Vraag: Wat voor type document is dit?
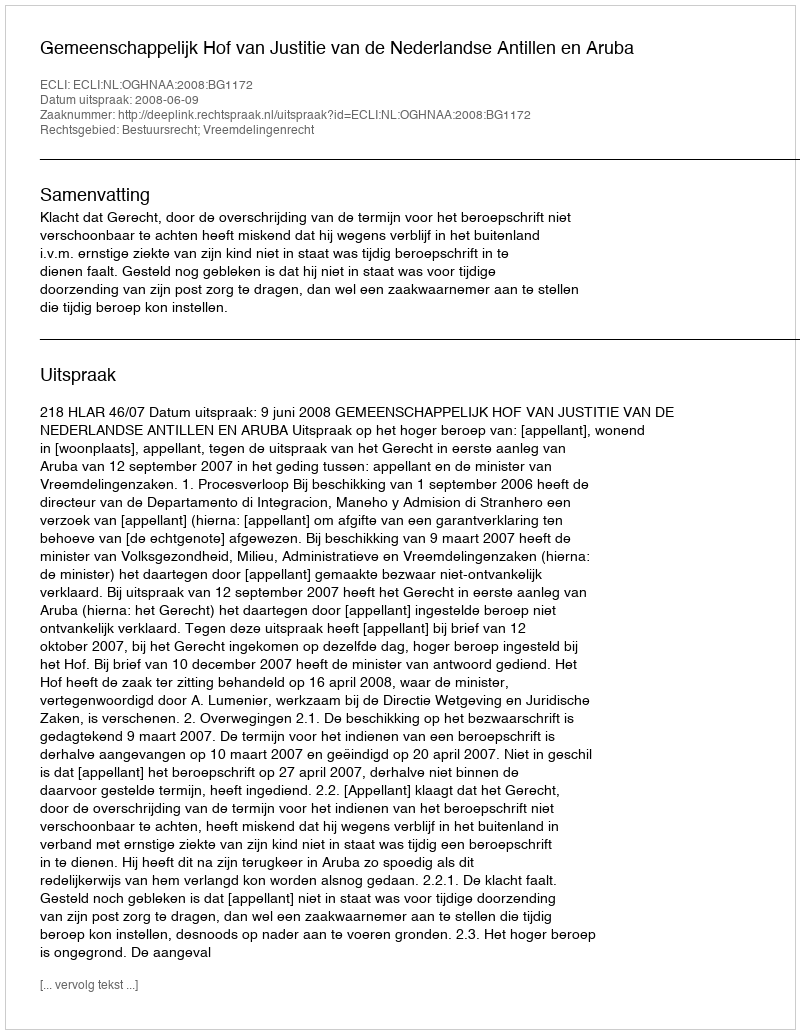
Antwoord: Uitspraak